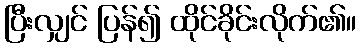
ပြီးလျှင် ပြန်၍ ထိုင်ခိုင်းလိုက်၏။